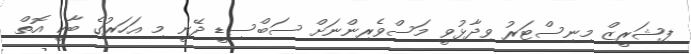
ފިޝަރީޒް މިނިސްޓަރު ވިދާޅުވީ މަސްވެރިންނަށް ސަބްސިޑީ ދޭނީ މި އަހަރުގެ ބާކީ އޮތް